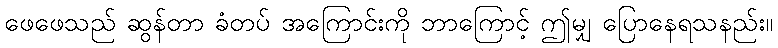
ဖေဖေသည် ဆွန်တာ ခံတပ် အကြောင်းကို ဘာကြောင့် ဤမျှ ပြောနေရသနည်း။